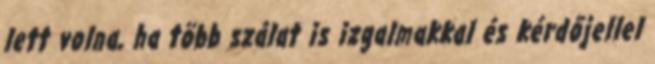
lett volna, ha több szálat is izgalmakkal és kérdőjellel